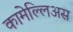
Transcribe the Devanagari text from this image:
कामेल्लिअस